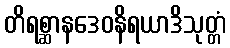
တိရစ္ဆာနဒေဝနိရယာဒိသုတ္တံ